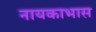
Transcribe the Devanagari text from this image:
नायकाभास